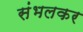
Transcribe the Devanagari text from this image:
संभलकर